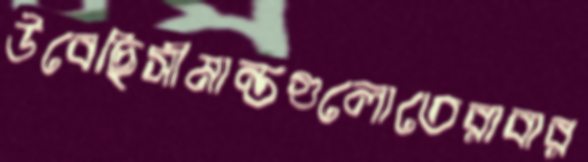
উবেছিসীমান্তগুলোতেরাবার